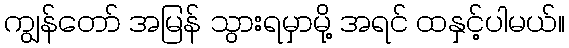
ကျွန်တော် အမြန် သွားရမှာမို့ အရင် ထနှင့်ပါမယ်။